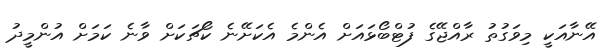
އޭނާއަކީ މިވަގުތު ރާއްޖޭގެ ފުޓްބޯޅައަށް އެންމެ އެކަށޭނެ ކޯޗަކަށް ވާނެ ކަމަށް އުންމީދު